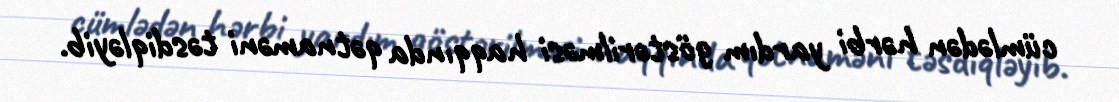
cümlədən hərbi yardım göstərilməsi haqqında qətnaməni təsdiqləyib.